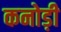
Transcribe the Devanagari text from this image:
कनोड़ी